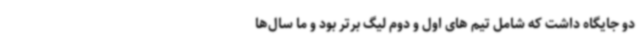
دو جایگاه داشت که شامل تیم های اول و دوم لیگ برتر بود و ما سال‌ها